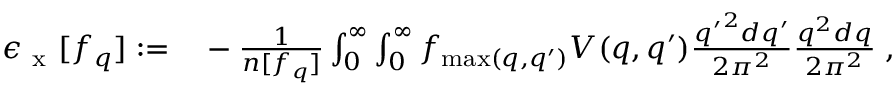
\begin{array} { r l } { \epsilon _ { \mathrm { ~ x ~ } } [ f _ { q } ] : = } & { { } - \frac { 1 } { n [ f _ { q } ] } \int _ { 0 } ^ { \infty } \int _ { 0 } ^ { \infty } f _ { \operatorname* { m a x } ( q , q ^ { \prime } ) } V ( q , q ^ { \prime } ) \frac { { q ^ { \prime } } ^ { 2 } d q ^ { \prime } } { 2 \pi ^ { 2 } } \frac { q ^ { 2 } d q } { 2 \pi ^ { 2 } } \; , } \end{array}